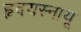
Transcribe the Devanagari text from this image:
हृदयस्नायू